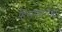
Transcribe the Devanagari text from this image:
हिंसाचाराचा